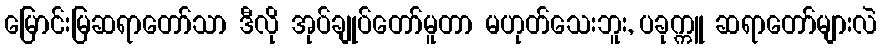
မြောင်းမြဆရာတော်သာ ဒီလို အုပ်ချုပ်တော်မူတာ မဟုတ်သေးဘူး, ပခုက္ကူ ဆရာတော်များလဲ